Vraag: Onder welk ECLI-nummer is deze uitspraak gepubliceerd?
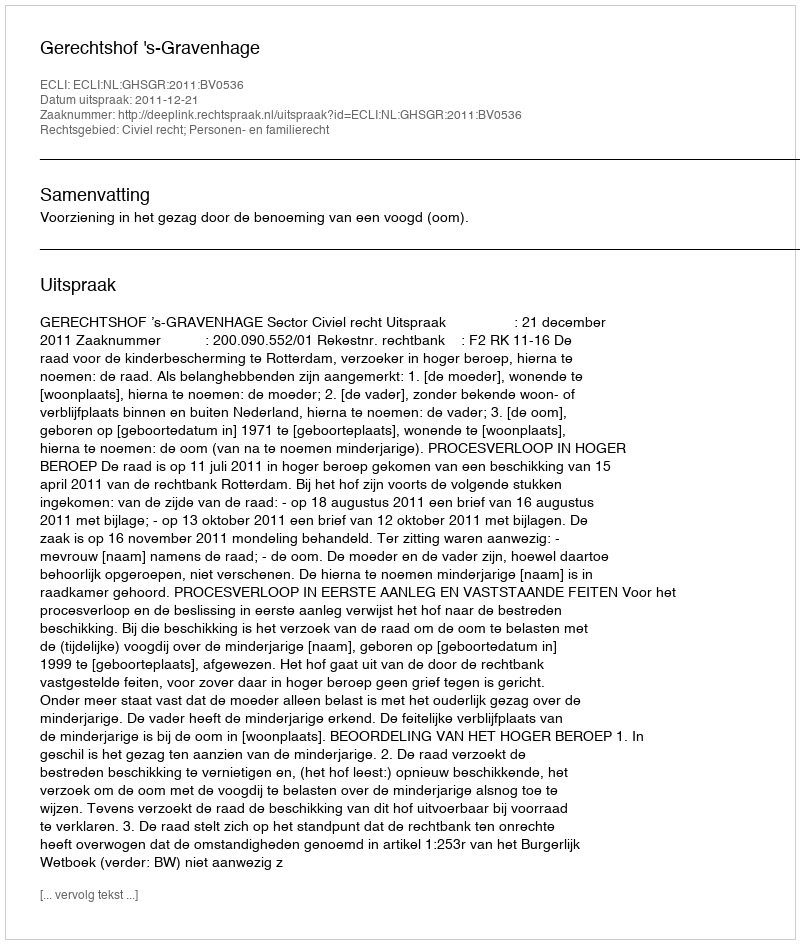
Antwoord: ECLI:NL:GHSGR:2011:BV0536